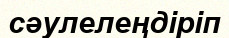
сәулелеңдіріп